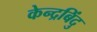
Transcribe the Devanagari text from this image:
केन्द्रबिंदु